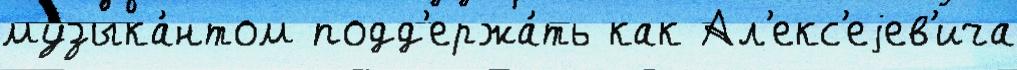
музыка́нтом подд'ержа́ть как Ал'екс'еjев'ича